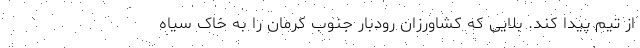
از تیم پیدا کند. بلایی که کشاورزان رودبار جنوب کرمان را به خاک سیاه